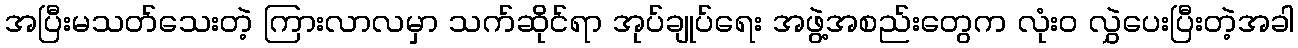
အပြီးမသတ်သေးတဲ့ ကြားလာလမှာ သက်ဆိုင်ရာ အုပ်ချုပ်ရေး အဖွဲ့အစည်းတွေက လုံး၀ လွှဲပေးပြီးတဲ့အခါ